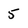
Character: 5